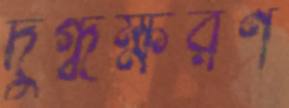
দুগ্ধক্ষরণ